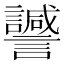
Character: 𧭻